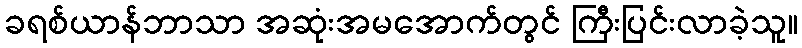
ခရစ်ယာန်ဘာသာ အဆုံးအမအောက်တွင် ကြီးပြင်းလာခဲ့သူ။